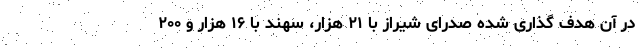
در آن هدف گذاری شده صدرای شیراز با ۲۱ هزار، سهند با ۱۶ هزار و ۲۰۰